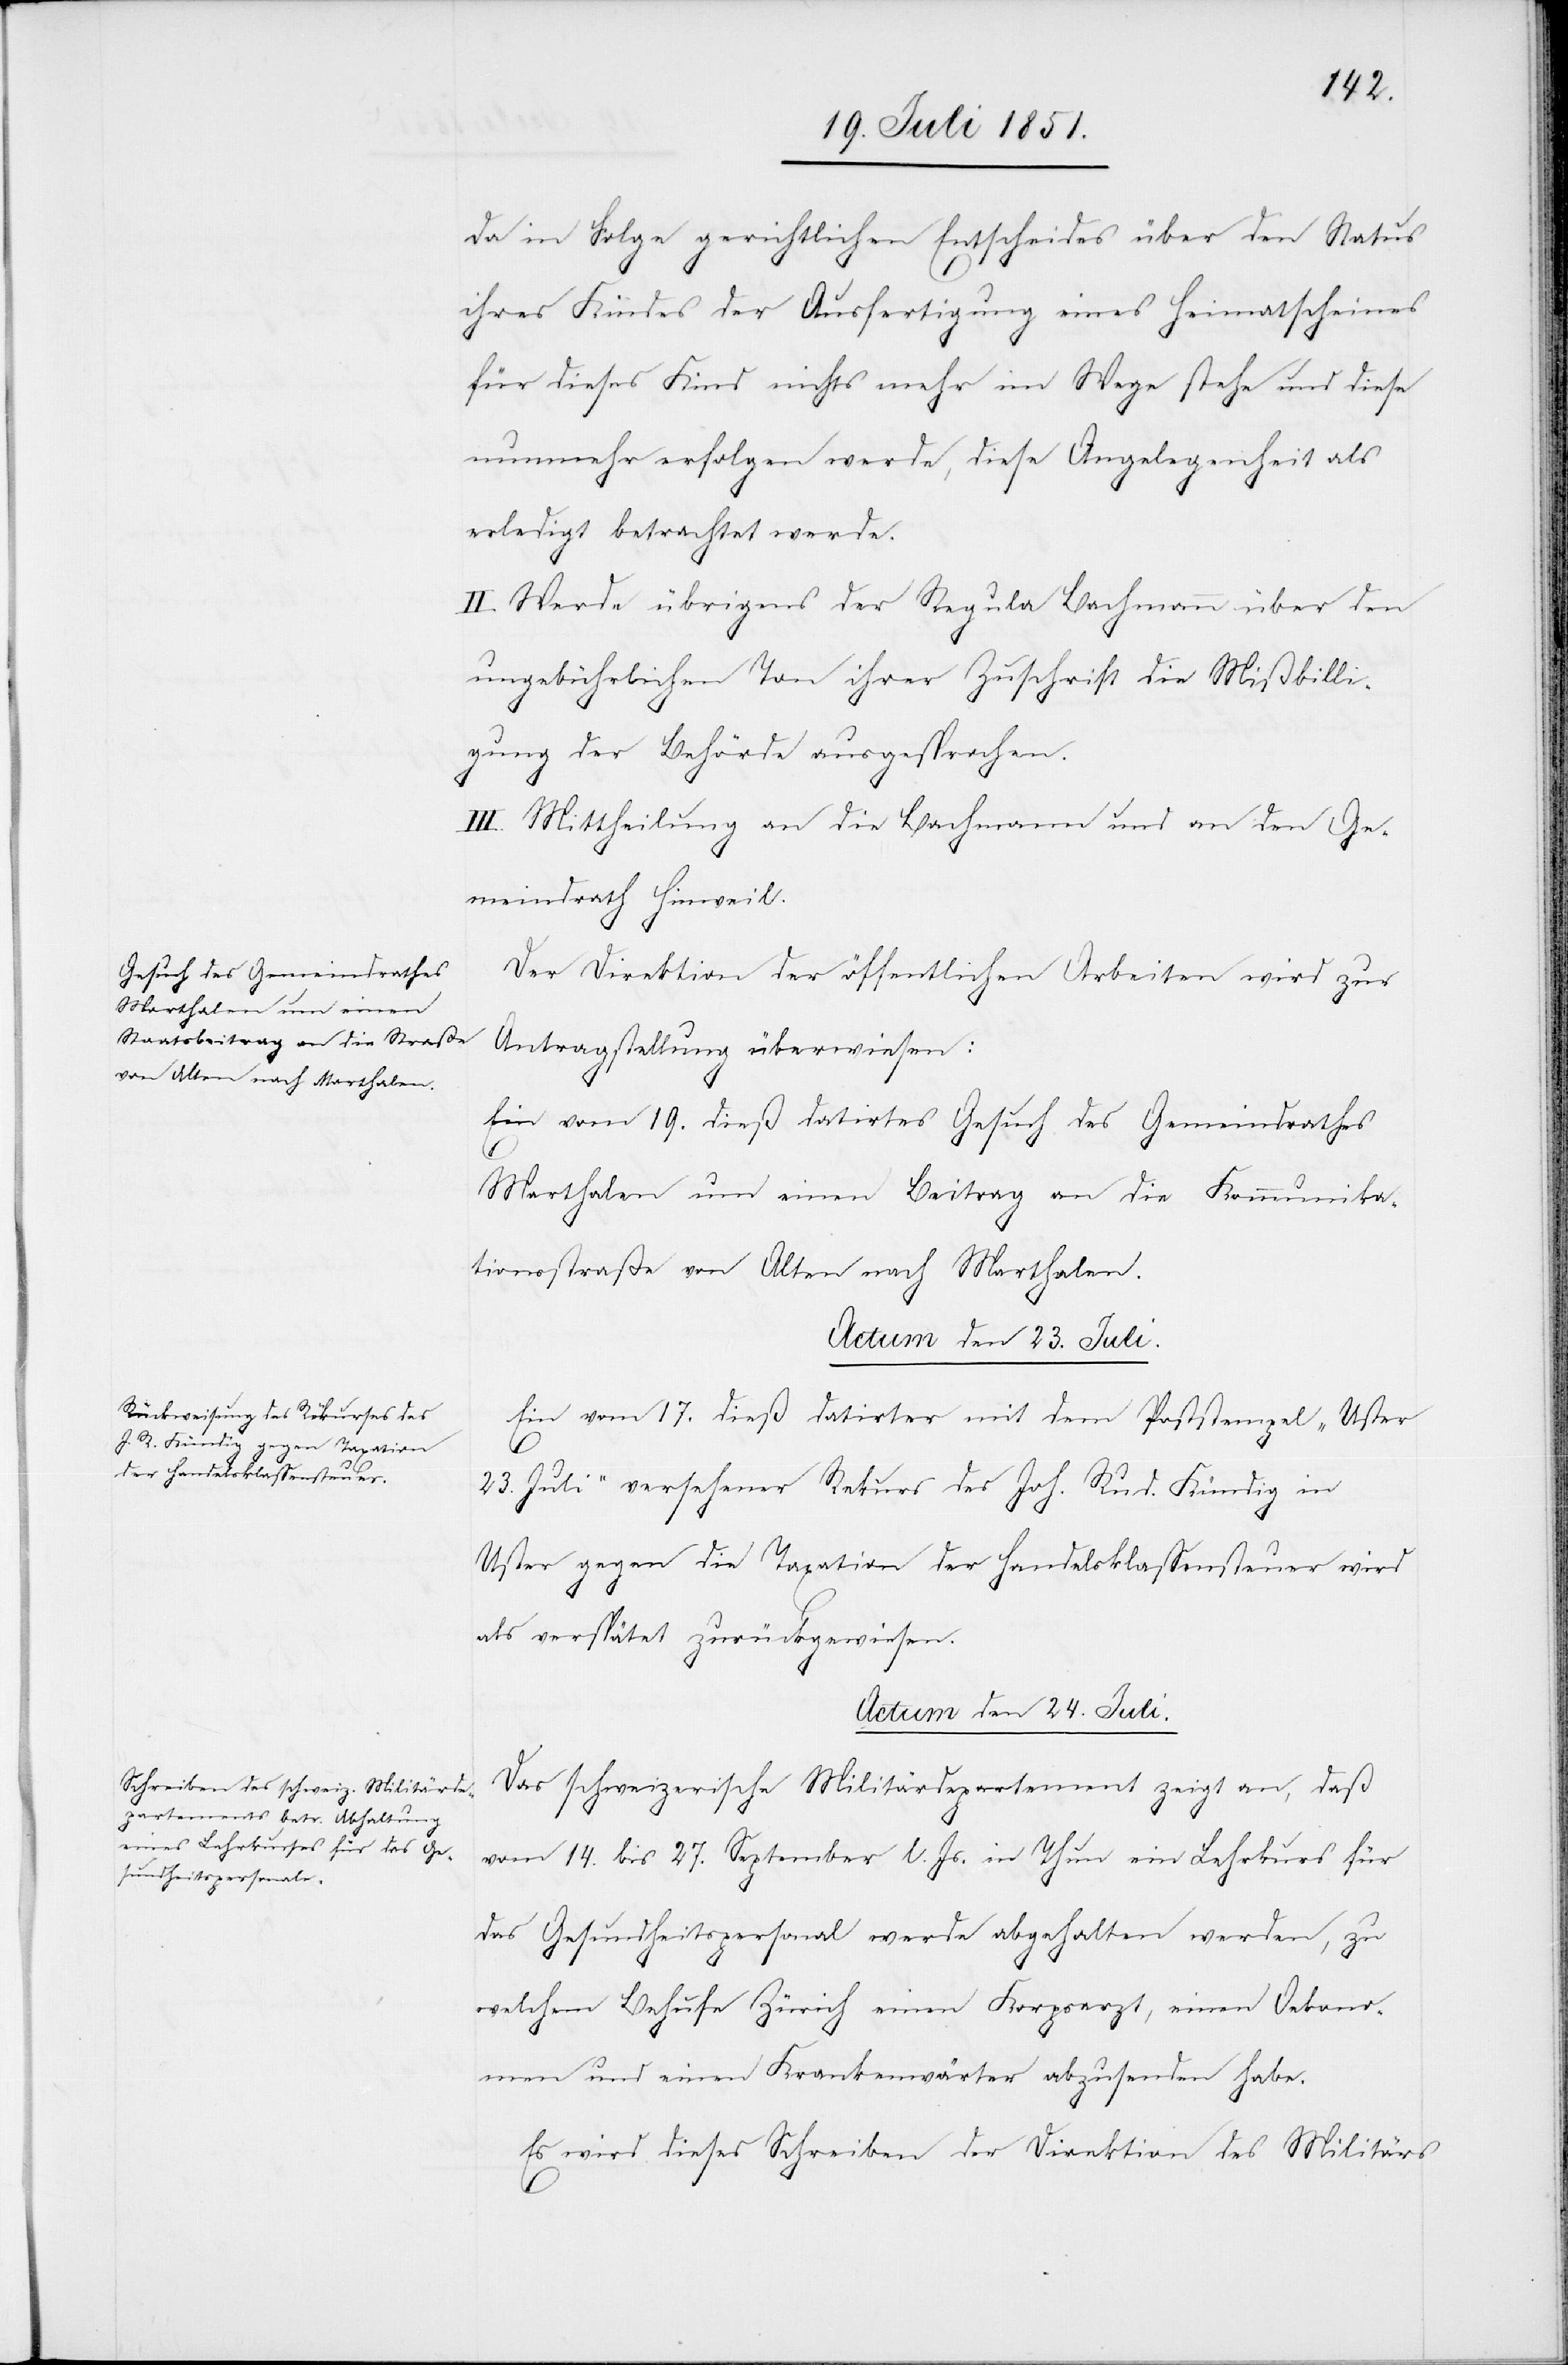
da in Folge gerichtlichen Entscheides über den Status
ihres Kindes der Ausfertigung eines Heimatscheines
für dieses Kind nichts mehr im Wege stehe und diese
nunmehr erfolgen werde, diese Angelegenheit als
erledigt betrachtet werde.
II. Werde übrigens der Regula Bachmann über den
ungebührlichen Ton ihrer Zuschrift die Mißbilli¬
gung der Behörde ausgesprochen.
III. Mittheilung an die Bachmann und an den Ge¬
meindrath Hinweil.
Der Direktion der öffentlichen Arbeiten wird zur
Antragstellung überwiesen:
Ein vom 19. dieß datirtes Gesuch des Gemeindrathes
Marthalen um einen Beitrag an die Kommunika¬
tionsstraße von Alten nach Marthalen.
Actum den 23. Juli.
Ein vom 17. dieß datirter mit dem Poststempel „Uster
23. Juli“ versehener Rekurs des Joh. Rud. Kündig in
Uster gegen die Taxation der Handelsklassensteuer wird
als verspätet zurückgewiesen.
Actum den 24. Juli.
Das schweizerische Militärdepartement zeigt an, daß
vom 14. bis 27. September l. Js. in Thun ein Lehrkurs für
das Gesundheitspersonal werde abgehalten werden, zu
welchem Behufe Zürich einen Korpsarzt, einen Oekono¬
men und einen Krankenwärter abzusenden habe.
Es wird dieses Schreiben der Direktion des Militärs